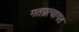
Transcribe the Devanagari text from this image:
गतप्रत्यागत